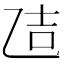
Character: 𪜒